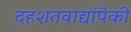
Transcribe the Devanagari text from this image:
दहशतवाद्यांपैकी